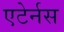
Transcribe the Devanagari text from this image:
एटेर्नस